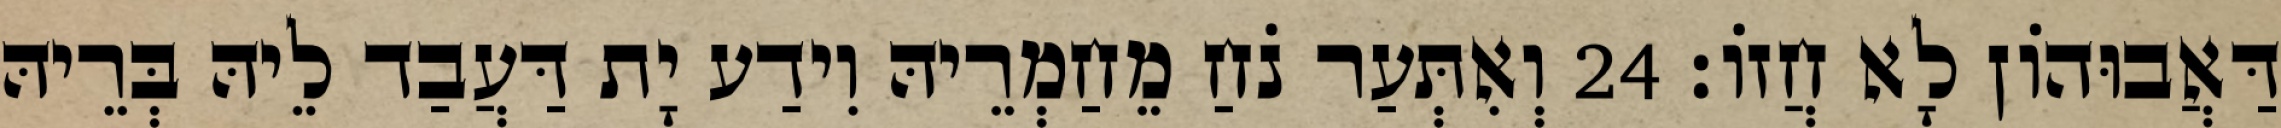
דַּאֲבוּהוֹן לָא חֲזוֹ׃ 24 וְאִתְּעַר נֹחַ מֵחַמְרֵיהּ וִידַע יָת דַּעֲבַד לֵיהּ בְּרֵיהּ